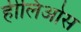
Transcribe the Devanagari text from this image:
हीलिओस